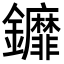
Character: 𨰞